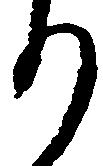
り